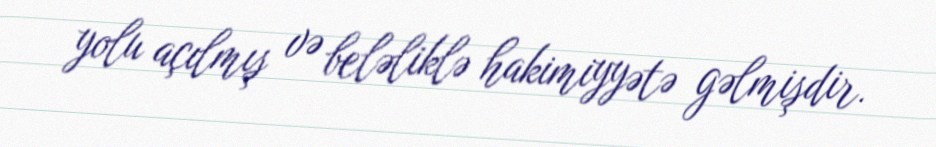
yolu açılmış və beləliklə hakimiyyətə gəlmişdir.